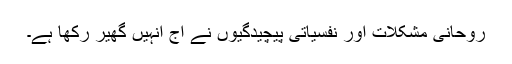
روحانی مشکلات اور نفسیاتی پیچیدگیوں نے آج انہیں گھیر رکھا ہے۔